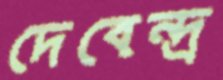
দেবেন্দ্র